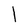
Character: l